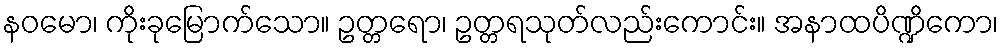
နဝမော၊ ကိုးခုမြောက်သော။ ဥတ္တရော၊ ဥတ္တရသုတ်လည်းကောင်း။ အနာထပိဏ္ဍိကော၊